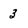
Character: 3